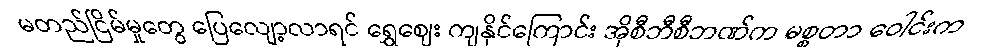
မတည်ငြိမ်မှုတွေ ပြေလျော့လာရင် ရွှေဈေး ကျနိုင်ကြောင်း အိုစီဘီစီဘဏ်က မစ္စတာ ဝေါင်းက